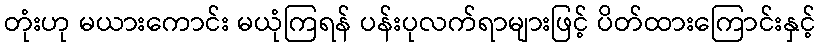
တုံးဟု မယားကောင်း မယုံကြရန် ပန်းပုလက်ရာများဖြင့် ပိတ်ထားကြောင်းနှင့်